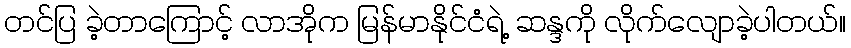
တင်ပြ ခဲ့တာကြောင့် လာအိုက မြန်မာနိုင်ငံရဲ့ ဆန္ဒကို လိုက်လျောခဲ့ပါတယ်။